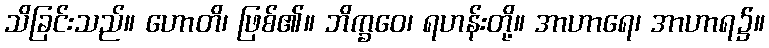
သိခြင်းသည်။ ဟောတိ၊ ဖြစ်၏။ ဘိက္ခဝေ၊ ရဟန်းတို့။ အာဟာရေ၊ အာဟာရ၌။